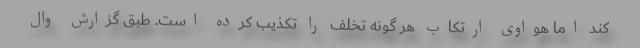
کند اما هواوی ارتکاب هر گونه تخلف را تکذیب کرده است. طبق گزارش وال